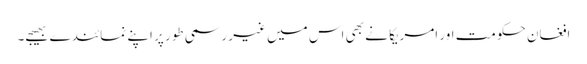
افغان حکومت اور امریکا نے بھی اس میں غیر رسمی طور پر اپنے نمائندے بھیجے۔